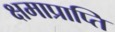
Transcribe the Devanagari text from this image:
क्षमाप्राप्ति